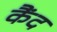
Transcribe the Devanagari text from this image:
कैंद